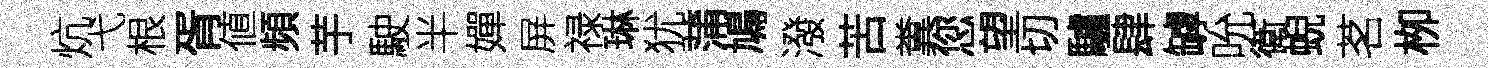
炕弋根胥値頻芋駛半嬋屏禄琳犹蒲鳩潑苦糞您望切驢肆罅吮衛蜺茗栁